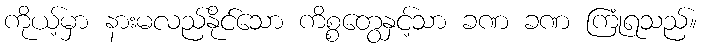
ကိုယ့်မှာ နားမလည်နိုင်သော ကိစ္စတွေနှင့်သာ ခဏ ခဏ ကြုံရသည်။